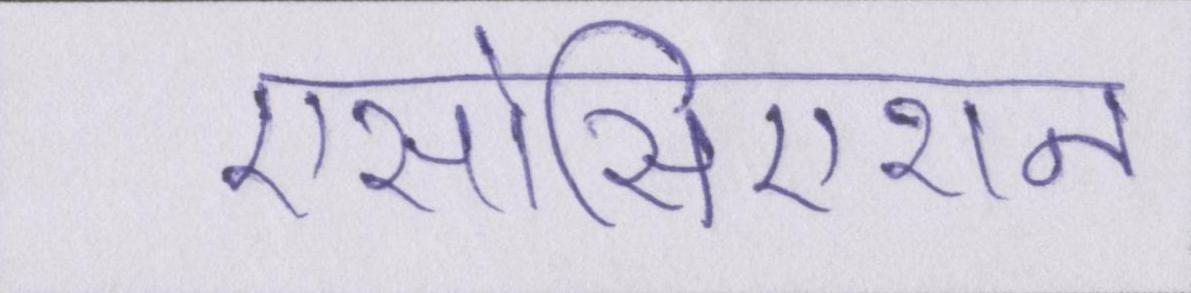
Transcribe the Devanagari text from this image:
एसोसिएशन